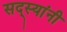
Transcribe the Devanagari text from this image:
सद्स्यांनी